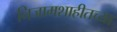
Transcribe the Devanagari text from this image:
निजामशाहीतच्या